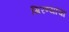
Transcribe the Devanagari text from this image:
गिरण्यांचा